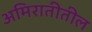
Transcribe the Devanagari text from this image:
अमिरातीतील